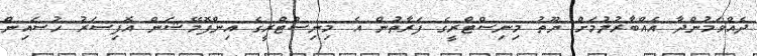
ދެއްވަމުންދާ އެއްބާރުލުމަށް ޔޫތު މިނިސްޓްރީގެ ފަރާތުން އެ މިނިސްޓްރީގެ އިންފޮމޭޝަން އޮފިސަރު ހުސައިން